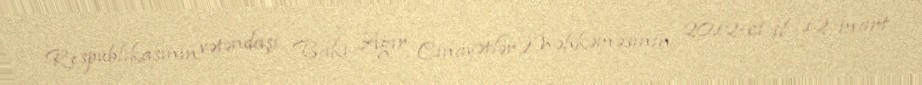
Respublikasının vətəndaşı, Bakı Ağır Cinayətlər Məhkəməsinin 2012-ci il 12 mart